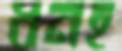
ধনহ